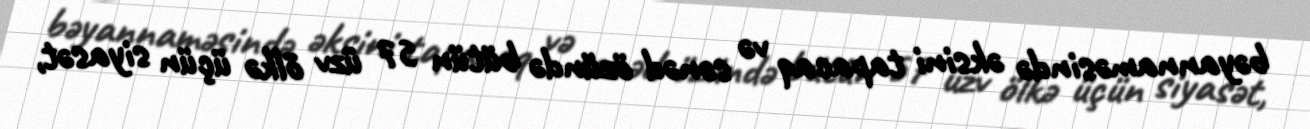
bəyannaməsində əksini tapacaq və sənəd özündə bütün 57 üzv ölkə üçün siyasət,